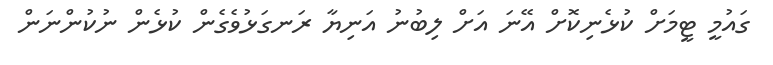
ގައުމީ ޓީމަށް ކުޅެނިކޮށް އޭނަ އަށް ލިބުނު އަނިޔާ ރަނގަޅުވެގެން ކުޅެން ނުކުންނަން